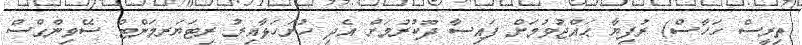
ތިރީސް ހަހާސް) ރުފިޔާ ޙައްޖުވުމަށް ފައިސާ ދޫކުރުމަށް އެދި ހުށަހަޅާއިރު ރިޓަޔަރމަންޓް ސޭވިންގްސް